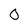
Character: 0